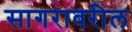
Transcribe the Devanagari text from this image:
सागरावरील